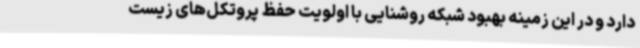
دارد و در این زمینه بهبود شبکه روشنایی با اولویت حفظ پروتکل‌های زیست